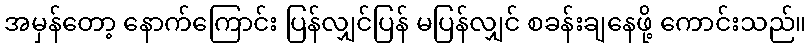
အမှန်တော့ နောက်ကြောင်း ပြန်လျှင်ပြန် မပြန်လျှင် စခန်းချနေဖို့ ကောင်းသည်။